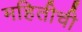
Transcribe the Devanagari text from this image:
महितीची